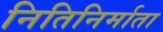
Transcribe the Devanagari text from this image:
नितिनिर्माता